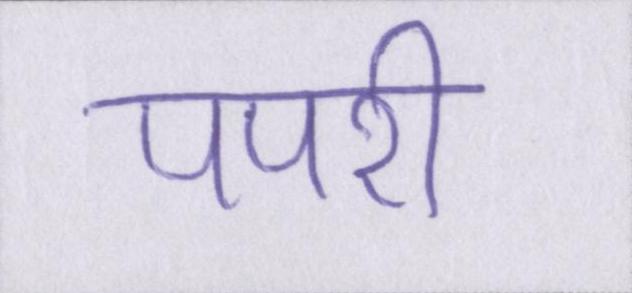
पपरी